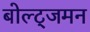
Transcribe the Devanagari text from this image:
बोल्ट्जमन